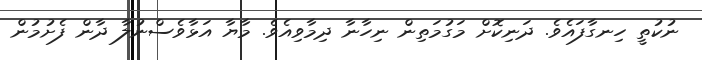
ނުކުތީ ހިނގާފައެވެ. ދަނިކޮށް މަގުމަތިން ނިހާނާ ދިމާވިއެވެ. މާޔާ އަޅާވެސްނުލާ ދާން ފެށުމުން